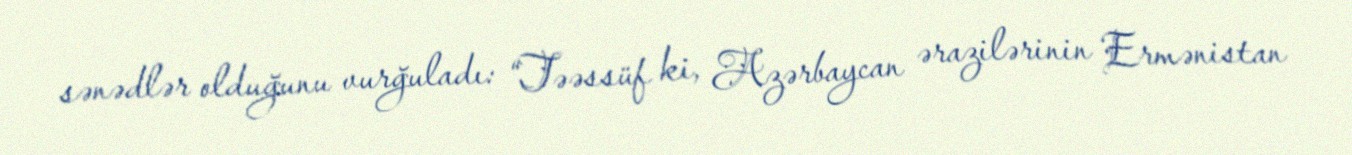
sənədlər olduğunu vurğuladı: “Təəssüf ki, Azərbaycan ərazilərinin Ermənistan